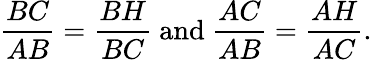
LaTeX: {\frac{BC}{AB}}={\frac{BH}{BC}}{\mathrm{~and~}}{\frac{AC}{AB}}={\frac{AH}{AC}}.